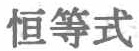
恒等式